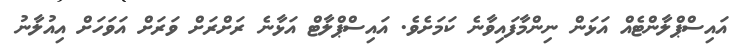
އައިސްޕްލާންޓެއް އަޅަން ނިންމާފައިވާނެ ކަމަށެވެ. އައިސްޕްލާޓް އަޅާނެ ރަށްރަށް ވަރަށް އަވަހަށް އިއުލާނު